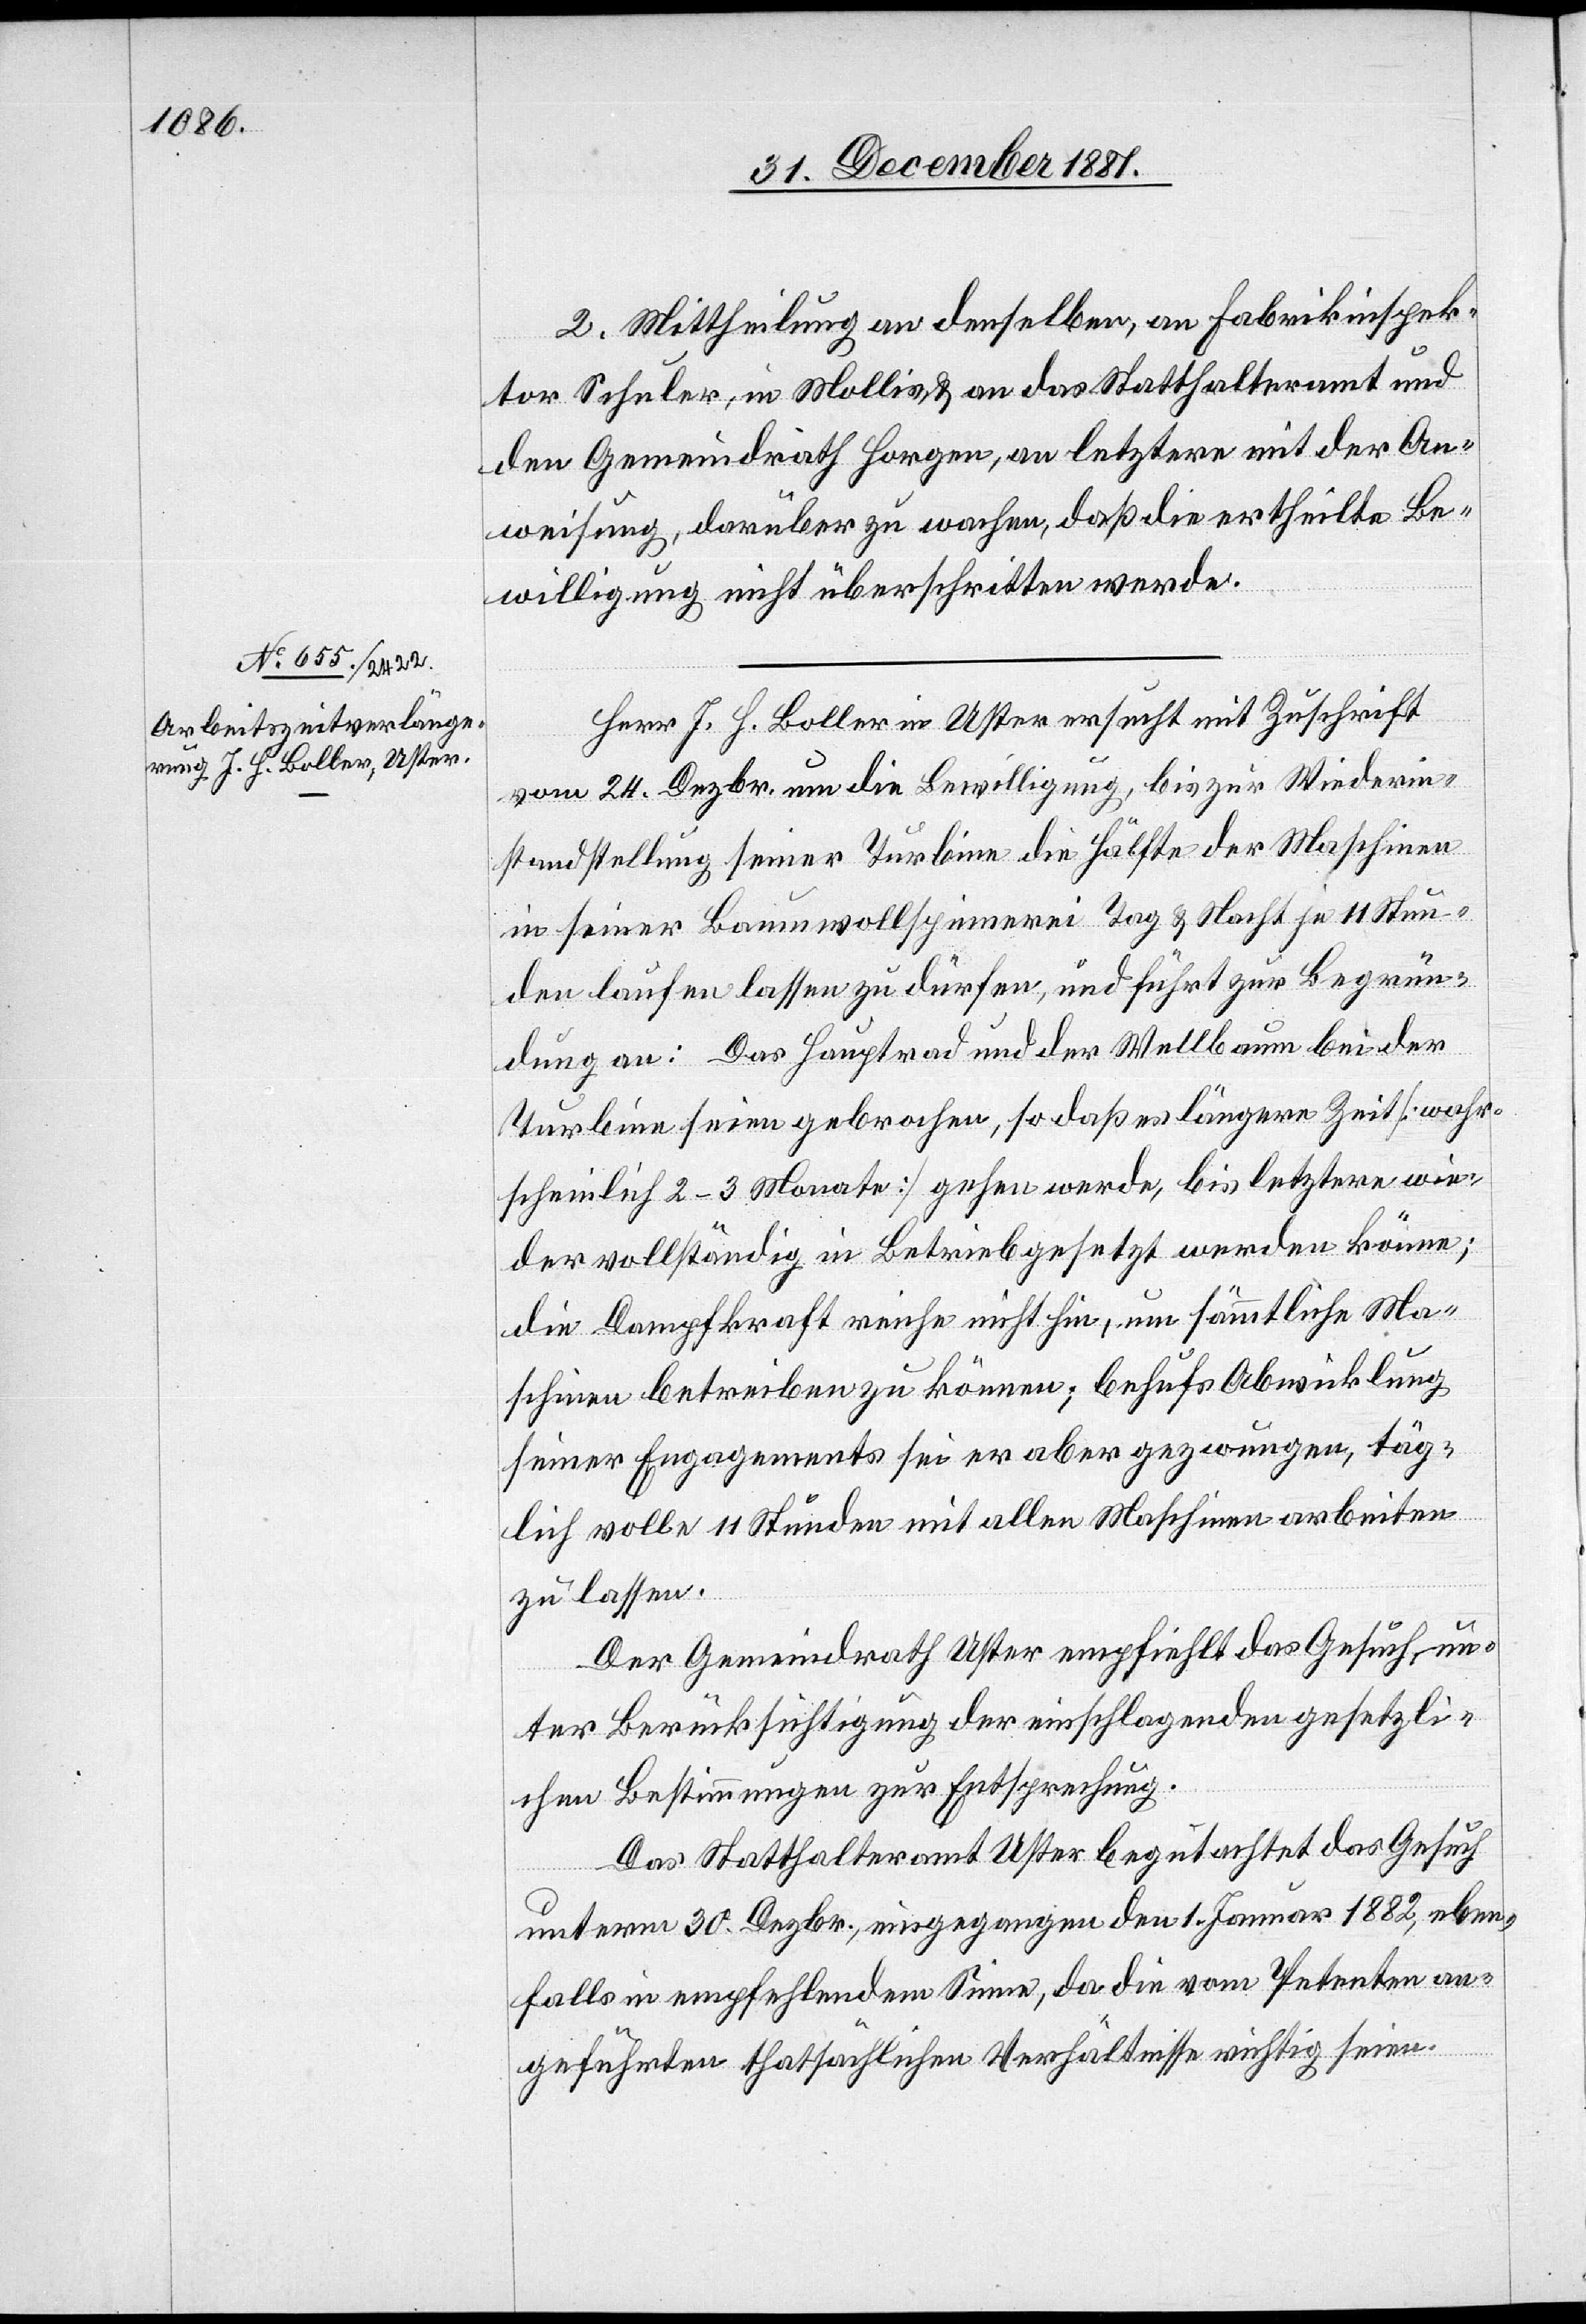
3. Januar 1882.]
2. Mittheilung an denselben, an Fabrikinspek¬
tor Schuler, in Mollis, & an das Statthalteramt und
den Gemeindrath Horgen, an letztere mit der An¬
weisung, darüber zu wachen, daß die ertheilte Be¬
willigung nicht überschritten werde.
Herr J. H. Boller in Uster ersucht mit Zuschrift
vom 24. Dezbr. um die Bewilligung, bis zur Wiederin¬
standstellung seiner Turbine die Hälfte der Maschinen
in seiner Baumwollspinnerei Tag & Nacht je 11 Stun¬
den laufen lassen zu dürfen, und führt zur Begrün¬
dung an: Das Hauptrad und der Wellbaum bei der
Turbine seien gebrochen, so daß es längere Zeit [wahr¬
scheinlich 2–3 Monate] gehen werde, bis letztere wie¬
der vollständig in Betrieb gesetzt werden können;
die Dampfkraft reiche nicht hin, um sämmtliche Ma¬
schinen betreiben zu können; behufs Abwicklung
seiner Engagements sei er aber gezwungen, täg¬
lich volle 11 Stunden mit allen Maschinen arbeiten
zu lassen.
Der Gemeindrath Uster empfiehlt das Gesuch, un¬
ter Berücksichtigung der einschlagenden gesetzli¬
chen Bestimmungen zur Entsprechung.
Das Statthalteramt Uster begutachtet das Gesuch
unterm 30. Dezbr., eingegangen den 1. Januar 1882, eben¬
falls in empfehlendem Sinne, da die vom Petenten an¬
geführten thatsächlichen Verhältnisse richtig seien.